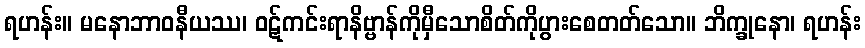
ရဟန်း။ မနောဘာဝနီယဿ၊ ဝဋ်ကင်းရာနိဗ္ဗာန်ကိုမှီသောစိတ်ကိုပွားစေတတ်သော။ ဘိက္ခုနော၊ ရဟန်း